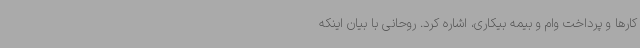
کارها و پرداخت وام و بیمه بیکاری، اشاره کرد. روحانی با بیان اینکه